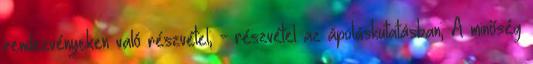
rendezvényeken való részvétel; - részvétel az ápoláskutatásban; A minőség